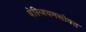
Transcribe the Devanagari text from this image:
बेल्जियमसोबत